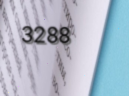
3288